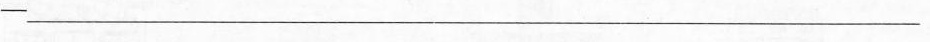
-___